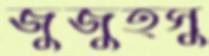
জুজুত্সু